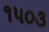
૧૫૦૩